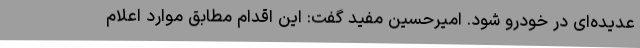
عدیده‌ای در خودرو شود. امیرحسین مفید گفت: این اقدام مطابق موارد اعلام